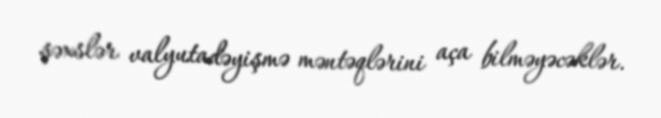
şəxslər valyutadəyişmə məntəqlərini aça bilməyəcəklər.